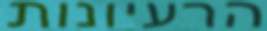
הרעיונות